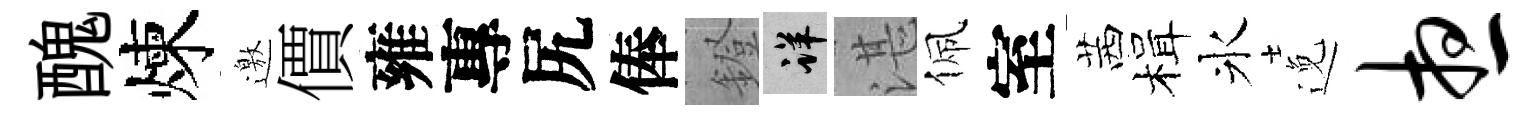
醜煉邀價雍專尻俸鐙详湛佩室茜楫氷𨓜想